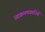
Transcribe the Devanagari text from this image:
आक्रमणकारियोंं